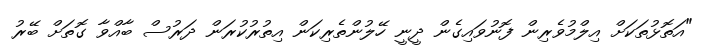
"އަތޮޅުތަކަށް އިލްމުވެރިން ފޮނުވައިގެން ދީނީ ހޭލުންތެރިކަން އިތުރުކުރަން ދަރުސް ބާއްވާ ގޮތަށް ބޭރު